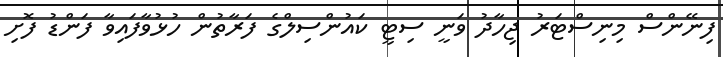
ފިނޭންސް މިނިސްޓަރު ޖިހާދު ވަނީ ސިޓީ ކައުންސިލްގެ ފަރާތުން ހުޅުވާފައިވާ ފަންޑު ފޮށި